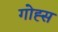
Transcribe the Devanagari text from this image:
गोह्स